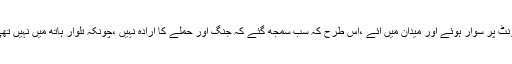
حضرت نے قرآن کو اپنے سر پر رکھا ،اور اونٹ پر سوار ہوئے اور میدان میں آئے ،اس طرح کہ سب سمجھ گئے کہ جنگ اور حملے کا ارادہ نہیں ،چونکہ تلوار ہاتھ میں نہیں تھی ،قرآن کو سر پر رکھا اور فرمایا : اے لوگو !